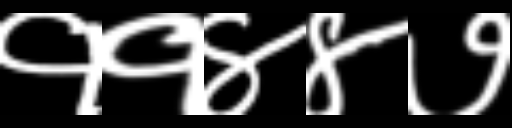
Text: ११४४७